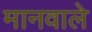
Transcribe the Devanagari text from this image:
मानवाले